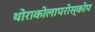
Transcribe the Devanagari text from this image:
थोराकोलापरोस्कोप